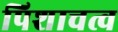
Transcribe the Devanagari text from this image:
पिशाचत्व